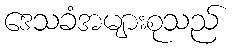
ဒေသခံအများစုသည်